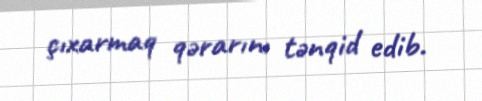
çıxarmaq qərarını tənqid edib.